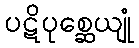
ပဋိပုစ္ဆေယျုံ